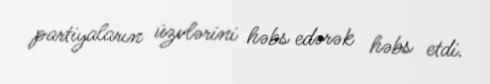
partiyaların üzvlərini həbs edərək həbs etdi.